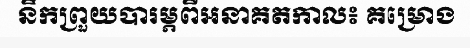
នឹកព្រួយបារម្ភពីអនាគតកាល៖ គម្រោង